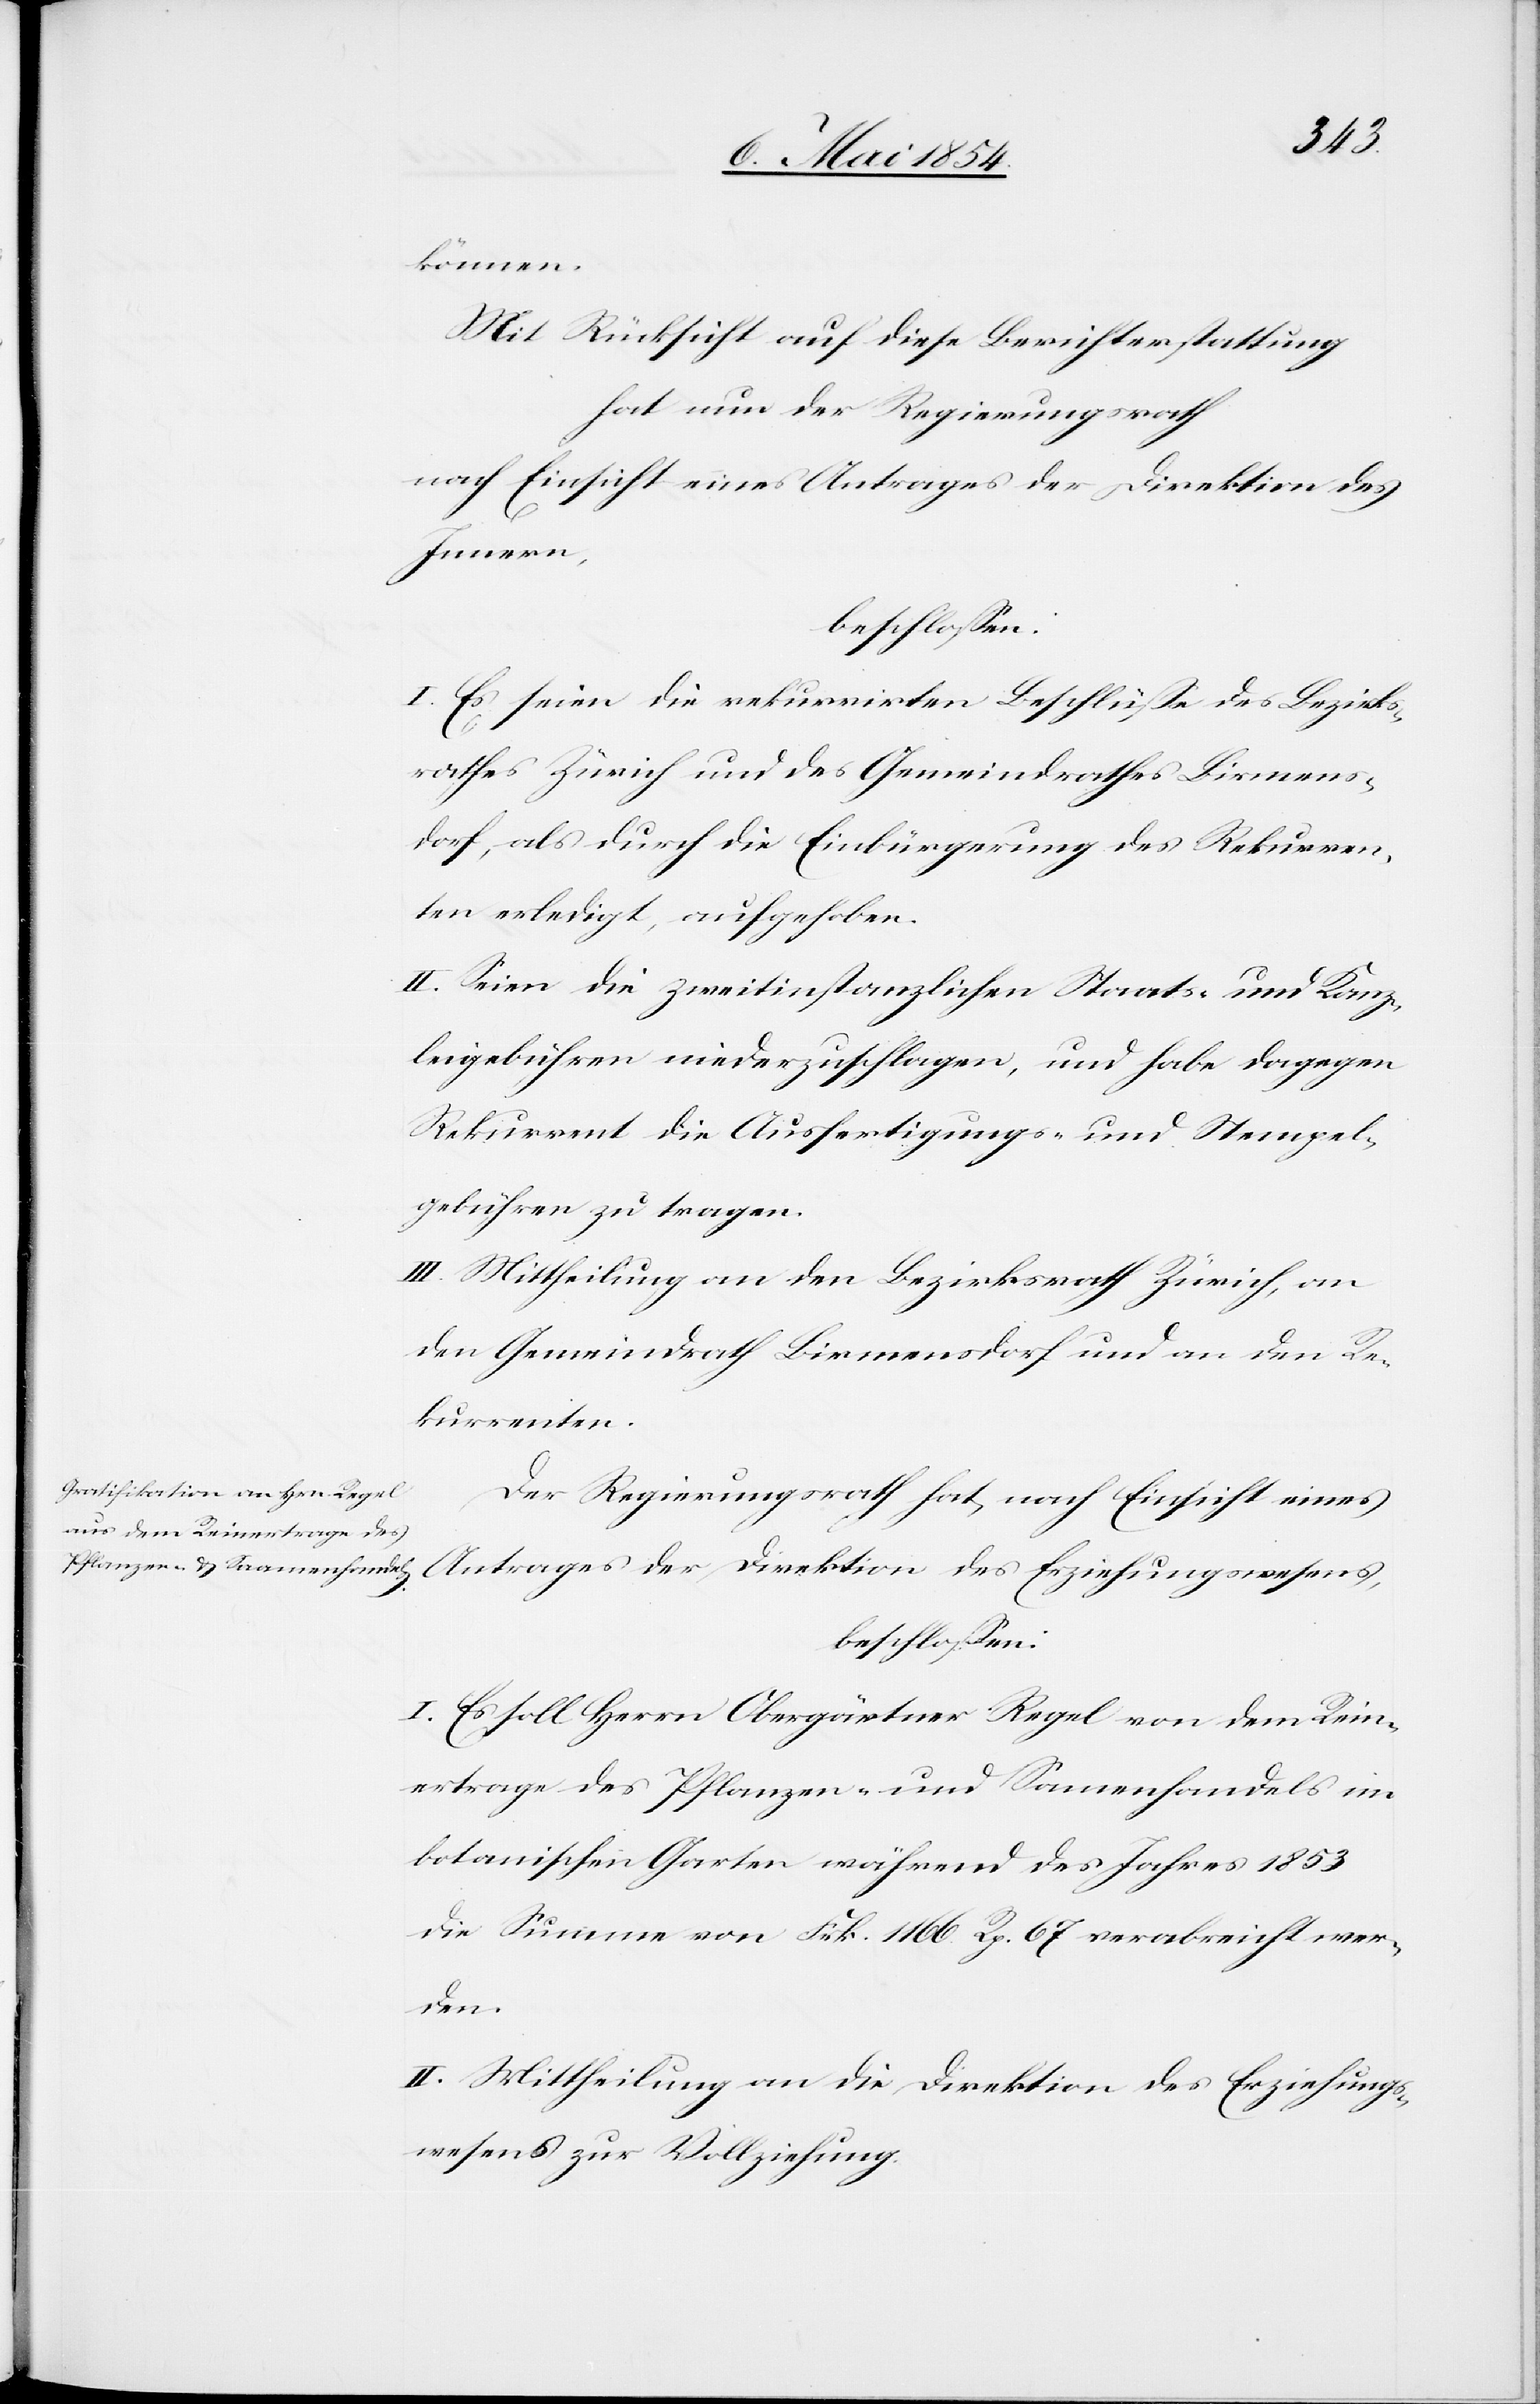
können.
Mit Rücksicht auf diese Berichterstattung
hat nun der Regierungsrath
nach Einsicht eines Antrages der Direktion des
Innern,
I. Es seien die rekurrirten Beschlüße des Bezirks¬
rathes Zürich und des Gemeindrathes Birmens¬
dorf, als durch die Einbürgerung des Rekurren¬
ten erledigt, aufgehoben.
II. Seien die zweitinstanzlichen Staats- und Kanz¬
leigebühren niederzuschlagen, und habe dagegen
Rekurrent die Ausfertigungs- und Stempel¬
gebühren zu tragen.
III. Mittheilung an den Bezirksrath Zürich, an
den Gemeindrath Birmensdorf und an den Re¬
kurrenten.
Der Regierungsrath hat, nach Einsicht eines
Antrages der Direktion des Erziehungswesens,
beschloßen:
I. Es soll Herrn Obergärtner Regel von dem Rein¬
ertrage des Pflanzen- und Samenhandels im
botanischen Garten während des Jahres 1853
die Summe von Frk. 1166. Rp. 67 verabreicht wer¬
den.
II. Mittheilung an die Direktion des Erziehungs¬
wesens zur Vollziehung.